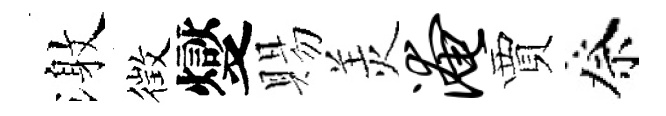
激徴燮賜羙淹賈祭